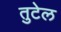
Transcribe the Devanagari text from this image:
तुटेल